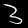
Label: 3